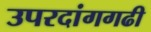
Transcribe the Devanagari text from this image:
उपरदांगगढी